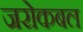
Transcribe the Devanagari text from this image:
जरोकबल